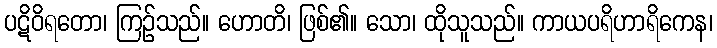
ပဋိဝိရတော၊ ကြဉ်သည်။ ဟောတိ၊ ဖြစ်၏။ သော၊ ထိုသူသည်။ ကာယပရိဟာရိကေန၊